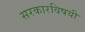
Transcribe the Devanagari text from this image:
सरकारविषयी